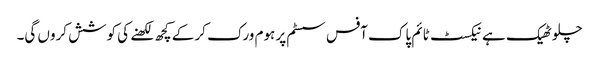
چلو ٹھیک ہے نیکسٹ ٹائم پاک آفس سسٹم پر ہوم ورک کر کے کچھ لکھنے کی کوشش کروں گی۔